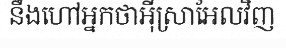
នឹងហៅអ្នកថាអ៊ីស្រាអែលវិញ